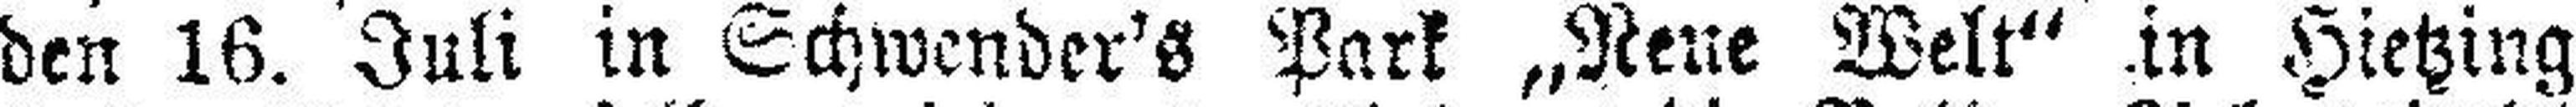
den 16. Juli in Schwender's Park „Neue Welt“ in Hietzing